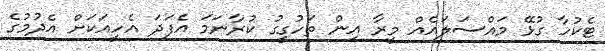
ޓެކުހާ ގުޅޭ މައްސަލައެއް މީރާ އިން ތަހުގީގު ކުރާނަމަ އެފަދަ އެހީއަކަށް އެދުމުގެ